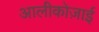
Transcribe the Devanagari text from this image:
आलीकोज़ाई